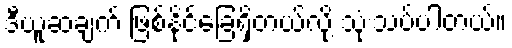
ဒီယူဆချက် ဖြစ်နိုင်ခြေရှိတယ်လို့ သုံးသပ်ပါတယ်။